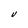
Character: U